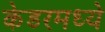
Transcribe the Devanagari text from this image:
केडरमध्ये